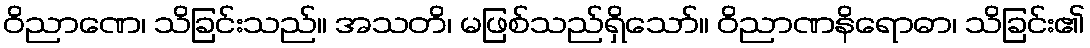
ဝိညာဏေ၊ သိခြင်းသည်။ အသတိ၊ မဖြစ်သည်ရှိသော်။ ဝိညာဏနိရောဓာ၊ သိခြင်း၏